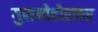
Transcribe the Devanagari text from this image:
गुलमोहोरावर